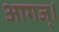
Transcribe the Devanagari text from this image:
आगज्।